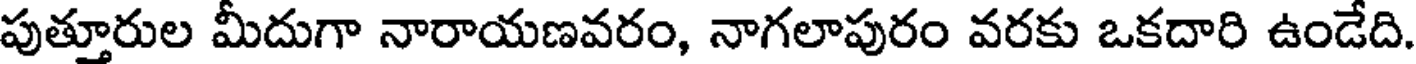
పుత్తూరుల మీదుగా నారాయణవరం, నాగలాపురం వరకు ఒకదారి ఉండేది